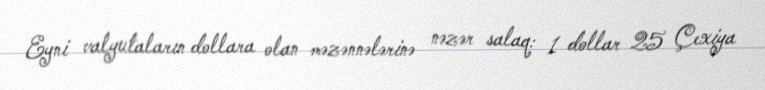
Eyni valyutaların dollara olan məzənnələrinə nəzər salaq: 1 dollar 25 Çexiya